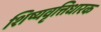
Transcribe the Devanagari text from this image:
शिष्यवृत्तिधारक